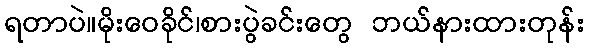
ရတာပဲ။မိုးဝေခိုင်၊စားပွဲခင်းတွေ ဘယ်နားထားတုန်း